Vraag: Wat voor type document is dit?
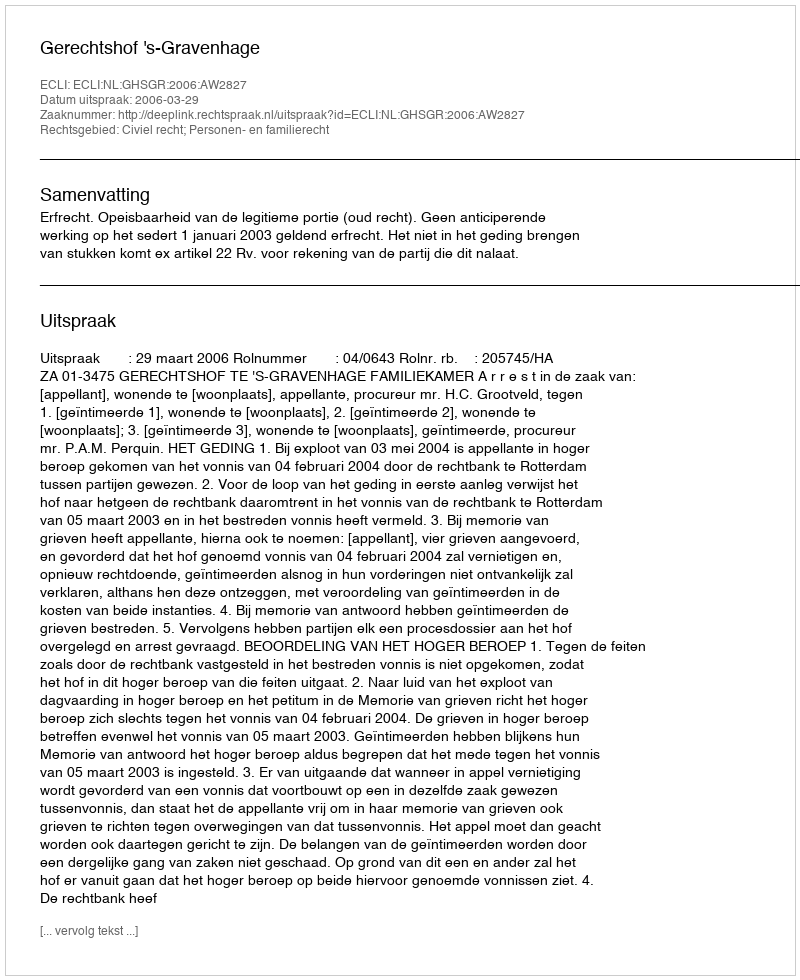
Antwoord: Uitspraak